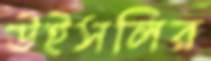
উইসলির